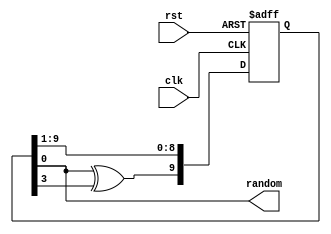
`timescale 1ns / 1ps

module LFSR(
	input clk,
   input rst,
   output wire random
   );
	
	reg [9:0] lfsr;
	
	always @(posedge clk or posedge rst)
		begin 
			if(rst)lfsr[9:0]<=1;
			else 	begin
					lfsr[8:0]<=lfsr[9:1];
					lfsr[9]<=lfsr[0]^lfsr[3];
					end
		end 
		
		assign random = lfsr[0];
		
endmodule